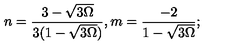
n = \frac { 3 - \sqrt { 3 \Omega } } { 3 ( 1 - \sqrt { 3 \Omega } ) } , m = \frac { - 2 } { 1 - \sqrt { 3 \Omega } } ;